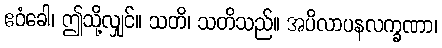
ဧဝံခေါ၊ ဤသို့လျှင်။ သတိ၊ သတိသည်။ အပိလာပနလက္ခဏာ၊